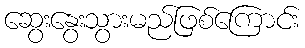
ဆွေးနွေးသွားမည်ဖြစ်ကြောင်း